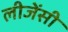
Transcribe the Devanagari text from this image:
लीजेंसी